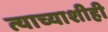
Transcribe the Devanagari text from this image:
त्याच्याशीही